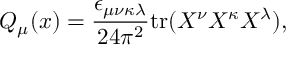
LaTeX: Q _ { \mu } ( x ) = \frac { \epsilon _ { \mu \nu \kappa \lambda } } { 2 4 \pi ^ { 2 } } \mathrm { t r } ( X ^ { \nu } X ^ { \kappa } X ^ { \lambda } ) ,